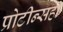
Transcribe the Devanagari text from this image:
प्रोटीन्सही